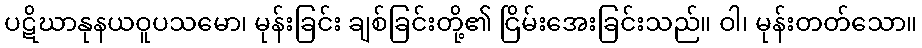
ပဋိဃာနုနယဝူပသမော၊ မုန်းခြင်း ချစ်ခြင်းတို့၏ ငြိမ်းအေးခြင်းသည်။ ဝါ၊ မုန်းတတ်သော။